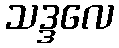
သဒ္ဒလေ